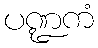
ပဏ္ဍကံ